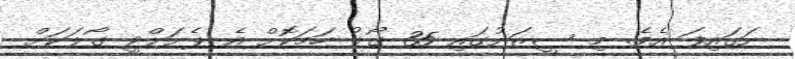
ނަގައިފަ އެވެ. މި ސީޒަނުގައި 35 ގޯލު ހަމަކޮށް އެ ޕެނަލްޓީ ގޯލަކަށް